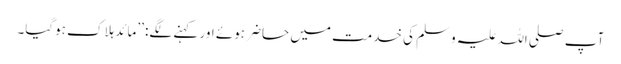
آپ صلی اللہ علیہ وسلم کی خدمت میں حاضر ہوئے اور کہنے لگے: ’’مائد ہلاک ہوگیا۔